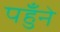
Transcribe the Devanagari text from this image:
पहुँने